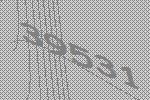
39531